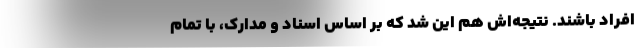
افراد باشند. نتیجه‌اش هم این شد که بر اساس اسناد و مدارک، با تمام